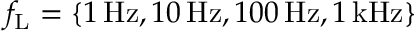
f _ { \mathrm { L } } = \{ 1 \, \mathrm { H z } , 1 0 \, \mathrm { H z } , 1 0 0 \, \mathrm { H z } , 1 \, \mathrm { k H z } \}